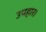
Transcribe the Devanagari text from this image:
उपहार।